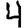
Digit: 4